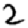
Digit: 2